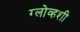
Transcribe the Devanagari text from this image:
ग्लोव्हशी